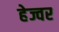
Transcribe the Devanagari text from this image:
हेज्वर